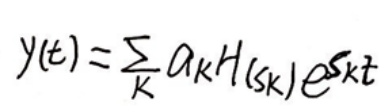
\[
y(t)=\sum_{k} a_{k} H(s_{k}) e^{s_{k} t}
\]